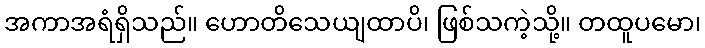
အကာအရံရှိသည်။ ဟောတိသေယျထာပိ၊ ဖြစ်သကဲ့သို့။ တထူပမော၊